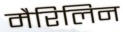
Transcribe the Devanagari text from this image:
मैरिलिन